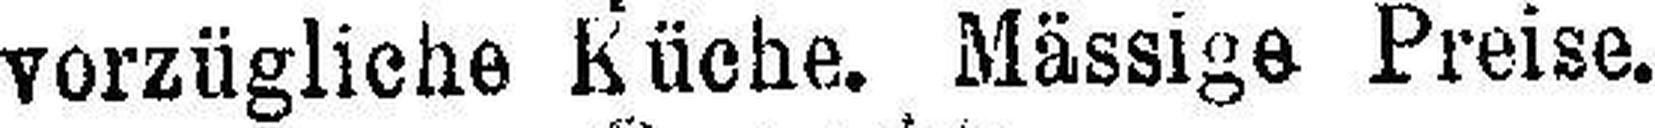
vorzügliche Küche. Mässige Preise.